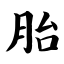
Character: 胎